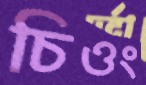
চিওং